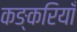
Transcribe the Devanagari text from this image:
कङ्करियाँ